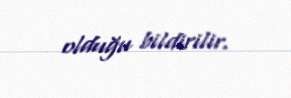
olduğu bildirilir.